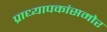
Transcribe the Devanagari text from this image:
प्राध्यापकांसमोर